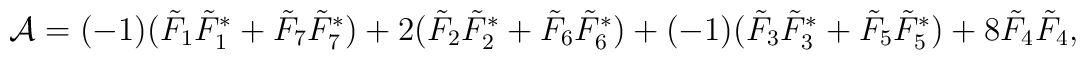
{\cal A}=(-1)(\tilde{F}_{1}\tilde{F}_{1}^{*}+\tilde{F}_{7}\tilde{F}_{7}^{*})+2(\tilde{F}_{2}\tilde{F}_{2}^{*}+\tilde{F}_{6}\tilde{F}_{6}^{*})+(-1)(\tilde{F}_{3}\tilde{F}_{3}^{*}+\tilde{F}_{5}\tilde{F}_{5}^{*})+8\tilde{F}_{4}\tilde{F}_{4},